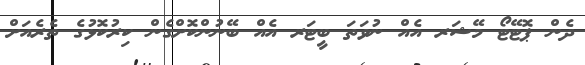
ދެން ޕޮޓޭޓޯ މޭޝަރ އެއް ނުވަތަ ބީޓަރ އެއް ބޭނުންކޮށްގެން ކިރުކޮޅުގެ ތެރެއަށް